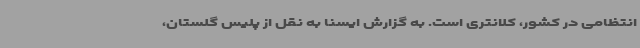
انتظامی در کشور، کلانتری است. به گزارش ایسنا به نقل از پلیس گلستان،